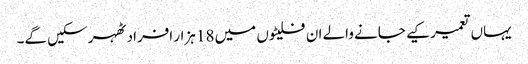
یہاں تعمیر کیے جانے والے ان فلیٹوں میں 18 ہزار افراد ٹھہر سکیں گے۔